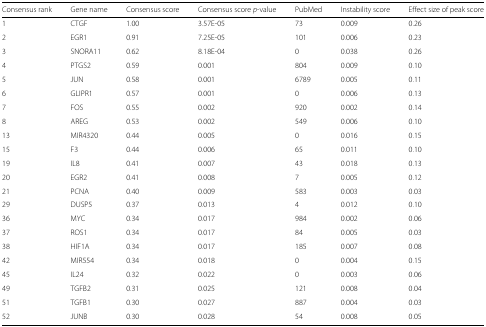
<table><thead><tr><td><b>Consensus rank</b></td><td><b>Gene name</b></td><td><b>Consensus score</b></td><td><b>Consensus score <i>p</i>-value</b></td><td><b>PubMed</b></td><td><b>Instability score</b></td><td><b>Effect size of peak score</b></td></tr></thead><tbody><tr><td>1</td><td>CTGF</td><td>1.00</td><td>3.57E-05</td><td>73</td><td>0.009</td><td>0.26</td></tr><tr><td>2</td><td>EGR1</td><td>0.91</td><td>7.25E-05</td><td>101</td><td>0.006</td><td>0.23</td></tr><tr><td>3</td><td>SNORA11</td><td>0.62</td><td>8.18E-04</td><td>0</td><td>0.038</td><td>0.26</td></tr><tr><td>4</td><td>PTGS2</td><td>0.59</td><td>0.001</td><td>804</td><td>0.009</td><td>0.10</td></tr><tr><td>5</td><td>JUN</td><td>0.58</td><td>0.001</td><td>6789</td><td>0.005</td><td>0.11</td></tr><tr><td>6</td><td>GLIPR1</td><td>0.57</td><td>0.001</td><td>0</td><td>0.006</td><td>0.13</td></tr><tr><td>7</td><td>FOS</td><td>0.55</td><td>0.002</td><td>920</td><td>0.002</td><td>0.14</td></tr><tr><td>8</td><td>AREG</td><td>0.53</td><td>0.002</td><td>549</td><td>0.006</td><td>0.10</td></tr><tr><td>13</td><td>MIR4320</td><td>0.44</td><td>0.005</td><td>0</td><td>0.016</td><td>0.15</td></tr><tr><td>15</td><td>F3</td><td>0.44</td><td>0.006</td><td>65</td><td>0.011</td><td>0.10</td></tr><tr><td>19</td><td>IL8</td><td>0.41</td><td>0.007</td><td>43</td><td>0.018</td><td>0.13</td></tr><tr><td>20</td><td>EGR2</td><td>0.41</td><td>0.008</td><td>7</td><td>0.005</td><td>0.12</td></tr><tr><td>21</td><td>PCNA</td><td>0.40</td><td>0.009</td><td>583</td><td>0.003</td><td>0.03</td></tr><tr><td>29</td><td>DUSP5</td><td>0.37</td><td>0.013</td><td>4</td><td>0.012</td><td>0.10</td></tr><tr><td>36</td><td>MYC</td><td>0.34</td><td>0.017</td><td>984</td><td>0.002</td><td>0.06</td></tr><tr><td>37</td><td>ROS1</td><td>0.34</td><td>0.017</td><td>84</td><td>0.005</td><td>0.03</td></tr><tr><td>38</td><td>HIF1A</td><td>0.34</td><td>0.017</td><td>185</td><td>0.007</td><td>0.08</td></tr><tr><td>42</td><td>MIR554</td><td>0.34</td><td>0.018</td><td>0</td><td>0.004</td><td>0.15</td></tr><tr><td>45</td><td>IL24</td><td>0.32</td><td>0.022</td><td>0</td><td>0.003</td><td>0.06</td></tr><tr><td>49</td><td>TGFB2</td><td>0.31</td><td>0.025</td><td>121</td><td>0.008</td><td>0.04</td></tr><tr><td>51</td><td>TGFB1</td><td>0.30</td><td>0.027</td><td>887</td><td>0.004</td><td>0.03</td></tr><tr><td>52</td><td>JUNB</td><td>0.30</td><td>0.028</td><td>54</td><td>0.008</td><td>0.05</td></tr></tbody></table>